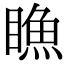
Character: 䁩